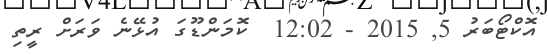
އޮކްޓޯބަރު 5